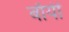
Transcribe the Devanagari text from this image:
बाँयीं